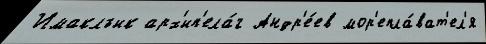
Имаклъик арх'ип'ела́г Андр'е́ев мор'епла́ват'ел'я